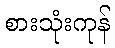
စားသုံးကုန်